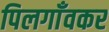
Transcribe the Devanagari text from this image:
पिलगाँवकर